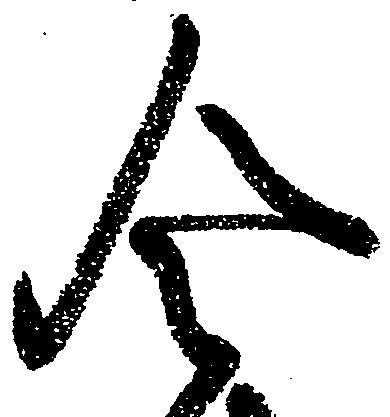
令